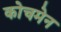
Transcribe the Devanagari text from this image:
कोचमेन